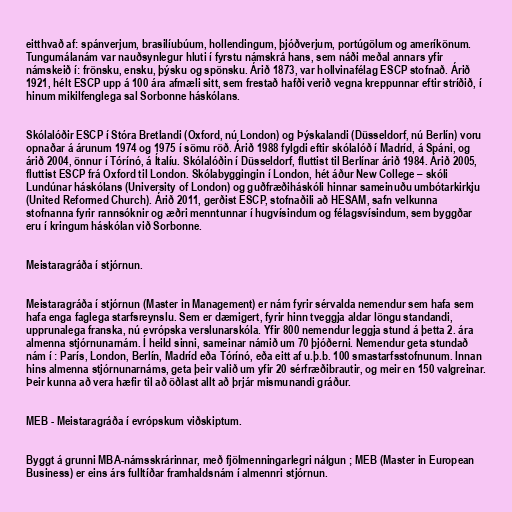
eitthvað af: spánverjum, brasilíubúum, hollendingum, þjóðverjum, portúgölum og ameríkönum.
Tungumálanám var nauðsynlegur hluti í fyrstu námskrá hans, sem náði meðal annars yfir
námskeið í: frönsku, ensku, þýsku og spönsku. Árið 1873, var hollvinafélag ESCP stofnað. Árið
1921, hélt ESCP upp á 100 ára afmæli sitt, sem frestað hafði verið vegna kreppunnar eftir stríðið, í
hinum mikilfenglega sal Sorbonne háskólans.

Skólalóðir ESCP í Stóra Bretlandi (Oxford, nú London) og Þýskalandi (Düsseldorf, nú Berlín) voru
opnaðar á árunum 1974 og 1975 í sömu röð. Árið 1988 fylgdi eftir skólalóð í Madríd, á Spáni, og
árið 2004, önnur í Tórínó, á Ítalíu. Skólalóðin í Düsseldorf, fluttist til Berlínar árið 1984. Árið 2005,
fluttist ESCP frá Oxford til London. Skólabyggingin í London, hét áður New College – skóli
Lundúnar háskólans (University of London) og guðfræðiháskóli hinnar sameinuðu umbótarkirkju
(United Reformed Church). Árið 2011, gerðist ESCP, stofnaðili að HESAM, safn velkunna
stofnanna fyrir rannsóknir og æðri menntunnar í hugvísindum og félagsvísindum, sem byggðar
eru í kringum háskólan við Sorbonne.

Meistaragráða í stjórnun.

Meistaragráða í stjórnun (Master in Management) er nám fyrir sérvalda nemendur sem hafa sem
hafa enga faglega starfsreynslu. Sem er dæmigert, fyrir hinn tveggja aldar löngu standandi,
upprunalega franska, nú evrópska verslunarskóla. Yfir 800 nemendur leggja stund á þetta 2. ára
almenna stjórnunarnám. Í heild sinni, sameinar námið um 70 þjóðerni. Nemendur geta stundað
nám í : París, London, Berlín, Madríd eða Tórínó, eða eitt af u.þ.b. 100 smastarfsstofnunum. Innan
hins almenna stjórnunarnáms, geta þeir valið um yfir 20 sérfræðibrautir, og meir en 150 valgreinar.
Þeir kunna að vera hæfir til að öðlast allt að þrjár mismunandi gráður.

MEB - Meistaragráða í evrópskum viðskiptum.

Byggt á grunni MBA-námsskrárinnar, með fjölmenningarlegri nálgun ; MEB (Master in European
Business) er eins árs fulltíðar framhaldsnám í almennri stjórnun.